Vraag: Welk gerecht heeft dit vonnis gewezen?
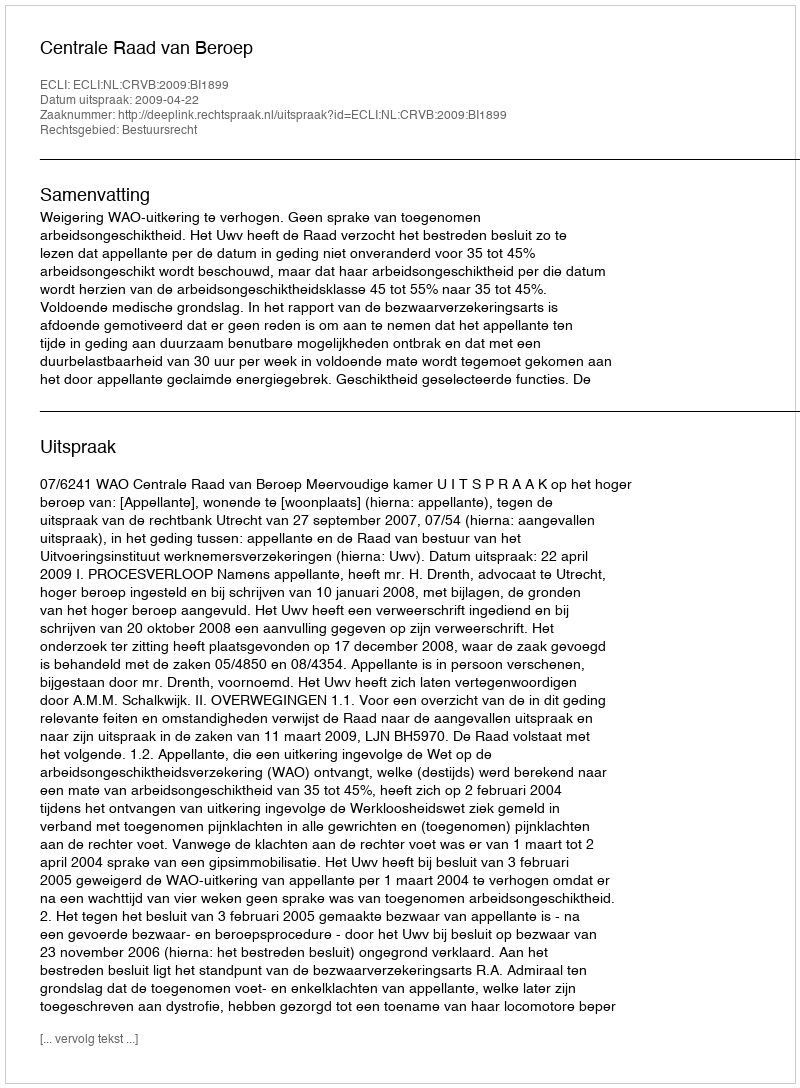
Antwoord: Centrale Raad van Beroep